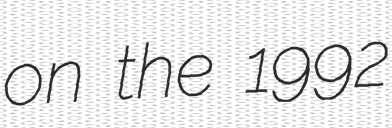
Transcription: on the 1992